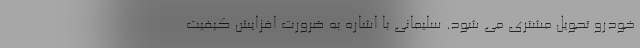
خودرو تحویل مشتری می شود. سلیمانی با اشاره به ضرورت افزایش کیفیت